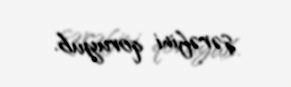
şərəfini qoruyub.